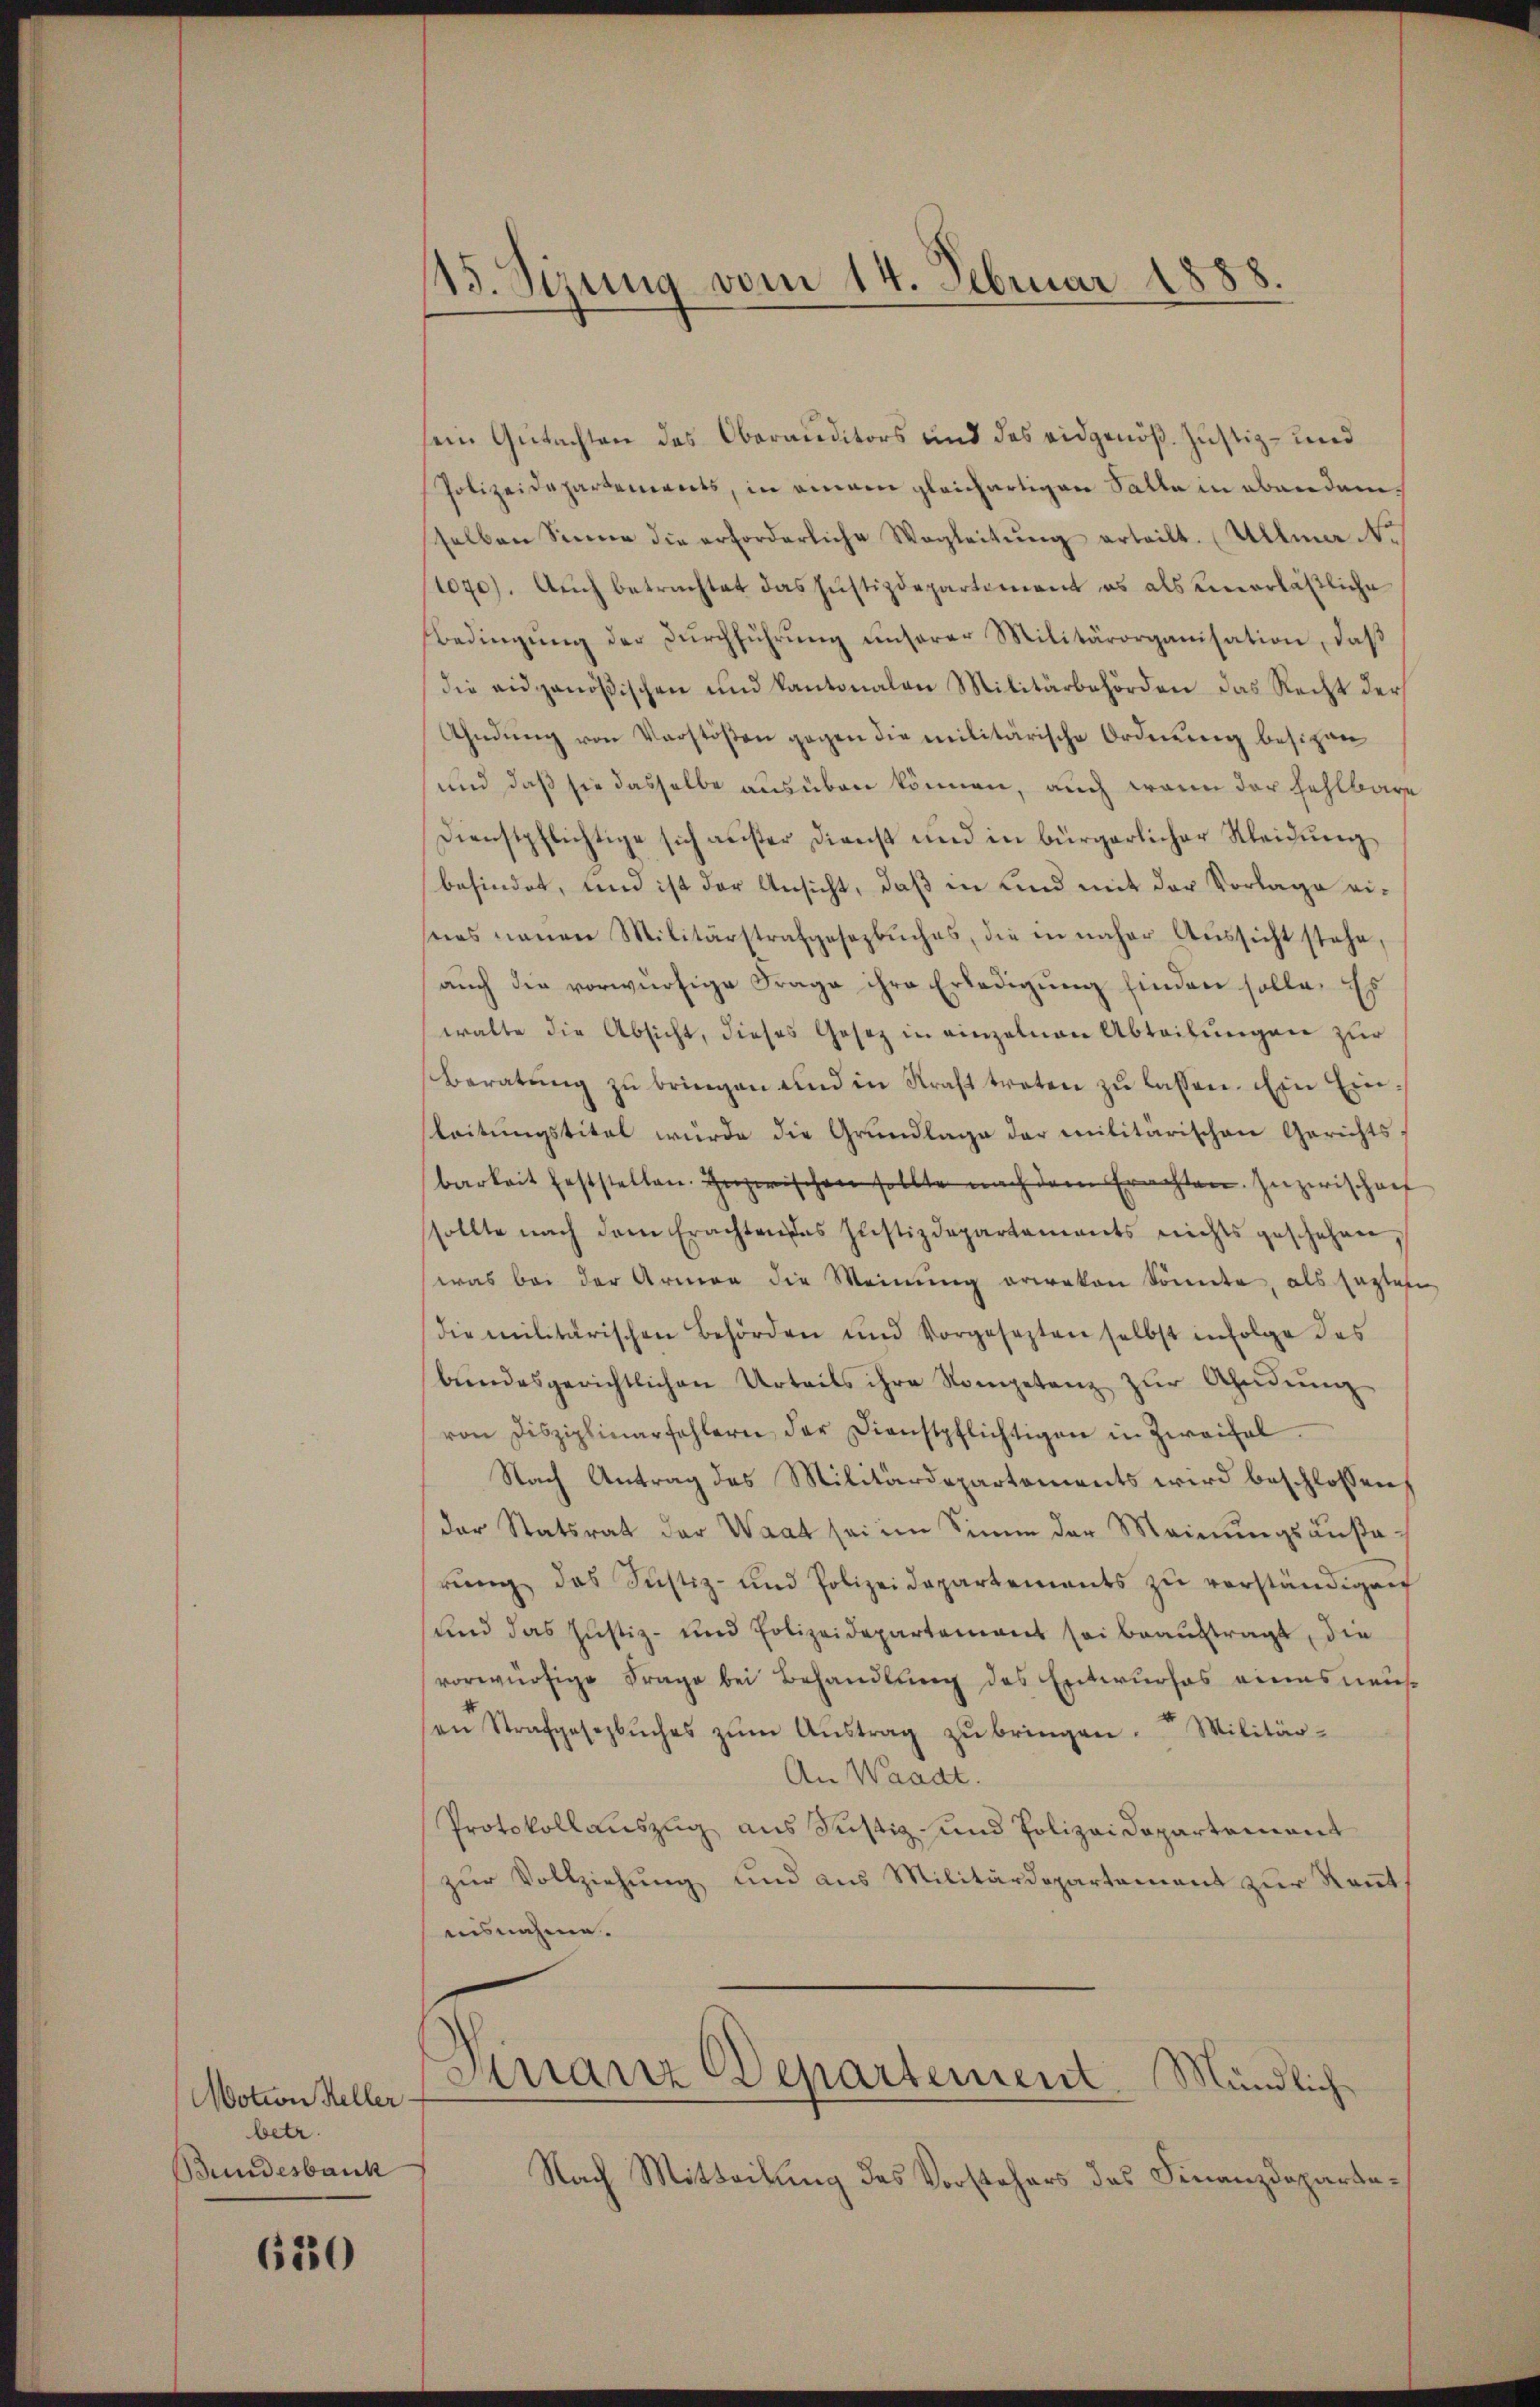
Motion Keller-
betr.
Bundesbank

630

115. Sizung vom 14. Februar 1888.

sein Gutachten das Oberauditors und des eidgenöß. Justiz- und
Polizeidepartements, in einem gleichartigen Salle in abandemselben Sinne die erforderliche Wegleitŭng erteilt. Ullma No
1070). Auch betrachtet das Justizdepartement es als einerläßliche
Bedingŭng der Dŭrchführŭng ŭnserer Militärorganisation, daβ
die eidgenößischen und kantonalen Militärbehörden das Recht der
Ahndŭng von Verstößen gegen die militärische Ordnŭng besizen
und daß sie dasselbe ausüben können, auch wenn der fehlbare
Dienstpflichtige sich außer Dienst und in bürgerlicher Kleidung
befindet, und ist der Ansicht, daß in Kind mit der Vorlage eisees neuen Militärstrafgesezbŭches, die in näher Aŭssicht stehe,
aŭch die vorwürfige Frage ihre Erledigŭng finden solle. Es
walte die Absicht, dieses Gesetz in einzelnen Abteilŭngen zŭr
Beratŭng zu bringen und in Straß treten zu lassen. Ein Einleitŭngstitel würde die Grundlage der militärischen Gerichts-
barkeit feststellen. Inzwischen sollte nach dem Erachten. Inzwischenf
sollte nach dem Erachten des Justizdepartaments nichts geschehen,
was bei der Armen die Meinŭng erwaken könnte, als sagtes
die militärischen Behörden und Vorgesezten selbst infolge des
bŭndesgerichtlichen Urteils ihre Kompetenz zŭr Ahndŭng
von Disziplinarfehlern der Dienstpflichtigen in Zweifel.
Nach Antrag des Militärdepartements wird beschlossen,
der Statsrat der Waat sei im Sinne der Meinungsäußa-
rŭng das Justiz- und Polizeidepartements zŭ verständigen
und das Justiz- und Polizeidepartement sei beauftragt, die
vorwürfige Frage bei Behandlung des Entwurfes eines neus
en Strafgesezbŭches zŭm Aŭstrag zŭ bringen. Militär-
An Waadt.
Protokollauszug aus Justiz- und Polizei Departement
zŭr Vollziehŭng und aus Militärdepartement zŭr Keṅt
uisnahme.
Dinanz Departement Mündlich
Nach Mitteilung des Vorstehers des Finanzdeparte¬